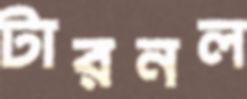
টারনল